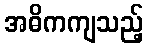
အဓိကကျသည့်